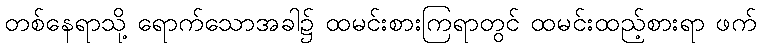
တစ်နေရာသို့ ရောက်သောအခါ၌ ထမင်းစားကြရာတွင် ထမင်းထည့်စားရာ ဖက်